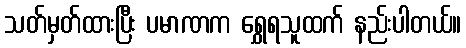
သတ်မှတ်ထားပြီး ပမာဏက ရွှေရသူထက် နည်းပါတယ်။